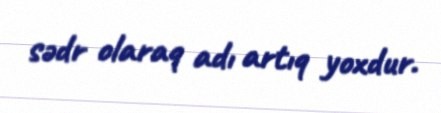
sədr olaraq adı artıq yoxdur.